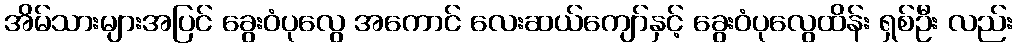
အိမ်သားများအပြင် ခွေးဝံပုလွေ အကောင် လေးဆယ်ကျော်နှင့် ခွေးဝံပုလွေထိန်း ရှစ်ဦး လည်း